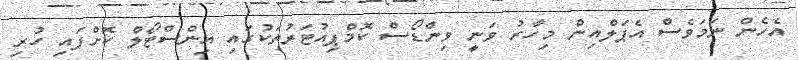
އެހެން ނަމަވެސް އެޕަލްއިން މިހާރު ވަނީ ވިންޑޯސް ކޮމްޕިއުޓަރުތަކުގައި އިންސްޓޯލް ކޮށްފައި ހުރި